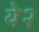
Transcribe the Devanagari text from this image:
ये२